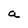
Character: a